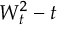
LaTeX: W _ { t } ^ { 2 } - t